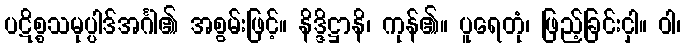
ပဋိစ္စသမုပ္ပါဒ်အင်္ဂါ၏ အစွမ်းဖြင့်။ နိဒ္ဒိဋ္ဌာနိ၊ ကုန်၏။ ပူရေတုံ၊ ဖြည့်ခြင်းငှါ။ ဝါ၊